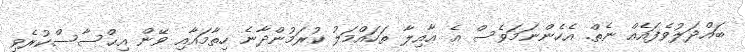
ބައްދަލުވެފައެއް ނެތް. އެހެންނަމަވެސް އެ ޢާއިލާ ތަހައްމަލު ކުރަމުންދާނެ ހިތާމައާއި ވޭން އިޙްސާސްކުރެވި